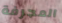
المجرفة